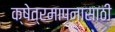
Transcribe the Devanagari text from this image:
क्षेत्रमापनासाठी